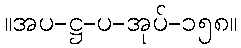
။အပ-ဋ္ဌ-ပ-အုပ်-၁၅၈။